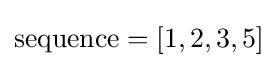
{\text{sequence}}=[1,2,3,5]